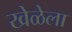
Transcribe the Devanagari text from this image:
खेळेला